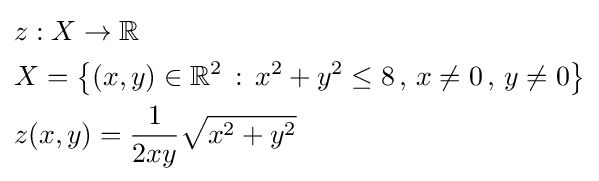
{\begin{aligned}&z:X\to \mathbb {R} \\&X=\left\{(x,y)\in \mathbb {R} ^{2}\,:\,x^{2}+y^{2}\leq 8\,,\,x\neq 0\,,\,y\neq 0\right\}\\&z(x,y)={\frac {1}{2xy}}{\sqrt {x^{2}+y^{2}}}\end{aligned}}